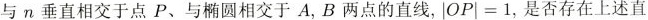
与n垂直相交于点P、与椭圆相交于A，B两点的直线，$$| O P | = 1$$，是否存在上述直